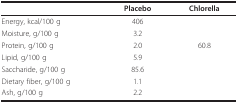
<table><thead><tr><td>[EMPTY_CELL]</td><td><b>Placebo</b></td><td><b>Chlorella</b></td></tr></thead><tbody><tr><td>Energy, kcal/100 g</td><td>406</td><td>[EMPTY_CELL]</td></tr><tr><td>Moisture, g/100 g</td><td>3.2</td><td>[EMPTY_CELL]</td></tr><tr><td>Protein, g/100 g</td><td>2.0</td><td>60.8</td></tr><tr><td>Lipid, g/100 g</td><td>5.9</td><td>[EMPTY_CELL]</td></tr><tr><td>Saccharide, g/100 g</td><td>85.6</td><td>[EMPTY_CELL]</td></tr><tr><td>Dietary fiber, g/100 g</td><td>1.1</td><td>[EMPTY_CELL]</td></tr><tr><td>Ash, g/100 g</td><td>2.2</td><td>[EMPTY_CELL]</td></tr></tbody></table>